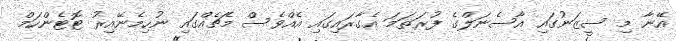
އޭނާ މި ސީޒަނުގައި އާސެނަލްގެ ފުރަތަމަ އެގާރައިގައި އެއްވެސް މެޗެއްގައި ނުހިމެނޭއިރު ޓޮޓެންހަމް